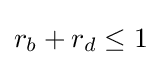
r_{b}+r_{d}\leq 1